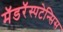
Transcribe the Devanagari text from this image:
मॅडरॅस्पटेन्सिस